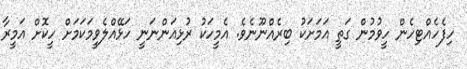
ހިފެހެއްޓިހެން ހީވުމުން ގަތީ އަމަށަކު ބިރެއްނޫނެވެ. އެމީހަކު ރުޅިއަންނަނީ ހަޅޭއްލެވީމަކަމަށް ހީކޮށް އަމީރާ